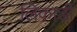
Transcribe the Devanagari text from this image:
लिकाडी